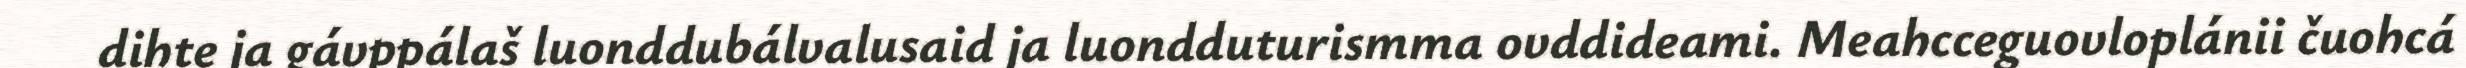
dihte ja gávppálaš luonddubálvalusaid ja luondduturismma ovddideami. Meahcceguovloplánii čuohcá